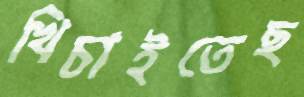
খিচাইতেছ